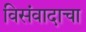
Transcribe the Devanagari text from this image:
विसंवादाचा